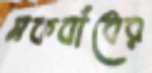
ব্লকবাঁধের